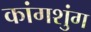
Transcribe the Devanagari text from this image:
कांगशुंग